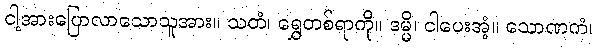
ငါ့အားပြောလာသောသူအား။ သတံ၊ ရွှေတစ်ရာကို။ ဒမ္မိ၊ ငါပေးအံ့။ သောဏကံ၊